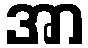
အာ